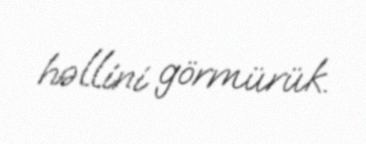
həllini görmürük.